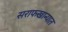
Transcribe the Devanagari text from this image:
सराफखान्यात